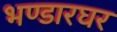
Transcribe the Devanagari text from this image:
भण्डारघर